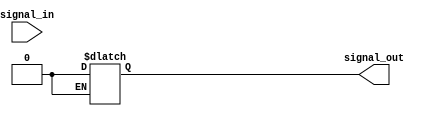
module schmitt_trigger_buffer(
    input wire signal_in,
    output reg signal_out
);

reg prev_state;

always @(signal_in)
begin
    if (signal_in && !prev_state)
        signal_out <= 1;
    else if (!signal_in && prev_state)
        signal_out <= 0;

    prev_state <= signal_in;
end

endmodule